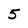
Character: 5